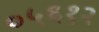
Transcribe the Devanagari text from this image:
०५६१२